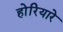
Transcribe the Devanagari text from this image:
होरियारे